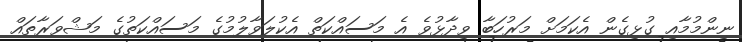
ނިންމުމާއި ގުޅިގެން އެކަމަށް މަރުހަބާ ވިދާޅުވެ އެ މަސައްކަތް އެކުލަވާލުމުގެ މަސައްކަތުގެ މަޝްވަރާތައް